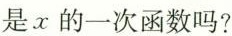
是x的一次函数吗?